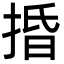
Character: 捪